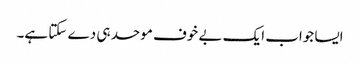
ایسا جواب ایک بے خوف موحد ہی دے سکتا ہے۔